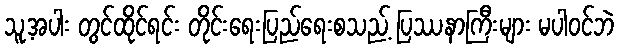
သူ့အပါး တွင်ထိုင်ရင်း တိုင်းရေးပြည်ရေးစသည့် ပြဿနာကြီးများ မပါဝင်ဘဲ